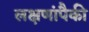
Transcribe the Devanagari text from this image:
लक्षणांपैकी